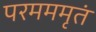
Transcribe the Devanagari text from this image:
परमममृतं